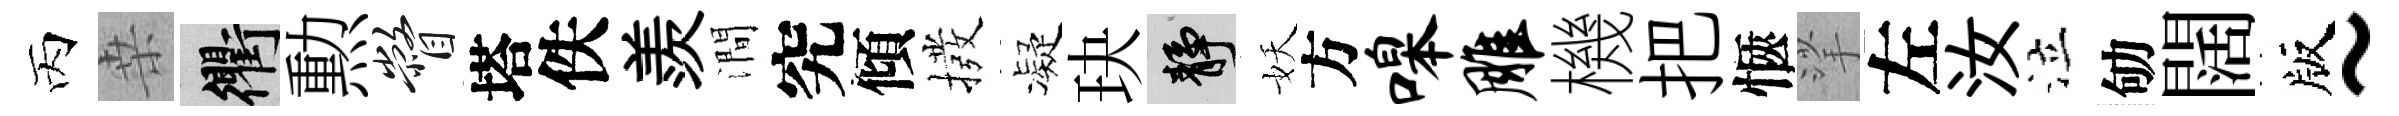
丙桒衢勲瞥塔佚羨澗究傾撥凝玦靜妖方嗥雕機把愜挲左汝泣劬闊版~